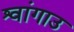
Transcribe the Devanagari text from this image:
श्वांगाउ